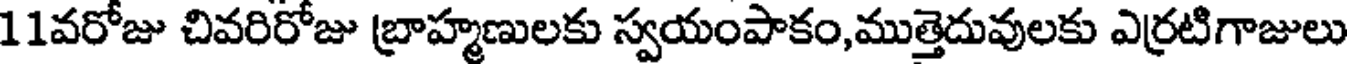
11వరోజు చివరిరోజు బ్రాహ్మణులకు స్వయంపాకం,ముత్తెదువులకు ఎర్రటిగాజులు